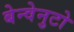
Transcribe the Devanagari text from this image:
बेन्वेनुटो